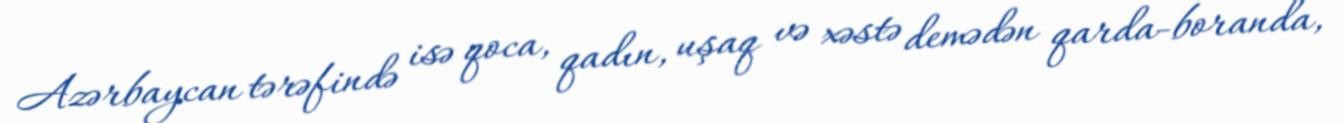
Azərbaycan tərəfində isə qoca, qadın, uşaq və xəstə demədən qarda-boranda,